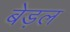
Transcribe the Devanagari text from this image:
बेड़ल